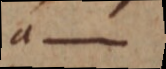
a